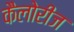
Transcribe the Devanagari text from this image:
कैलोरीज